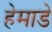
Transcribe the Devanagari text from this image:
हेमाडे